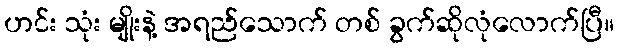
ဟင်း သုံး မျိုးနဲ့ အရည်သောက် တစ် ခွက်ဆိုလုံလောက်ပြီ။